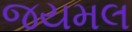
જયમલ